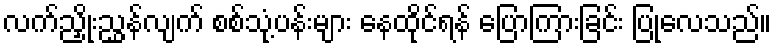
လက်ညှိုးညွှန်လျက် စစ်သုံ့ပန်းများ နေထိုင်ရန် ပြောကြားခြင်း ပြုလေသည်။